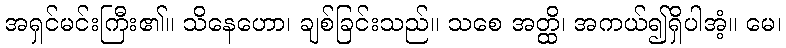
အရှင်မင်းကြီး၏။ သိနေဟော၊ ချစ်ခြင်းသည်။ သစေ အတ္ထိ၊ အကယ်၍ရှိပါအံ့။ မေ၊